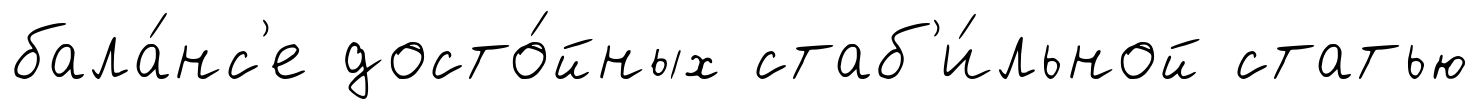
бала́нс'е досто́йных стаб'и́льной статью